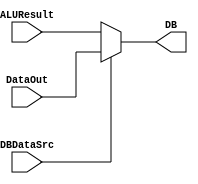
`timescale 1ns / 1ps
//////////////////////////////////////////////////////////////////////////////////
// Company: 
// Engineer: 
// 
// Design Name: 
// Module Name: SelectDB
// Project Name: 
// Target Devices: 
// Tool Versions: 
// Description: 
// 
// Dependencies: 
// 
// Revision:
// Revision 0.01 - File Created
// Additional Comments:
// 
//////////////////////////////////////////////////////////////////////////////////


module SelectDB(
    input DBDataSrc,
    input [31:0] ALUResult,
    input [31:0] DataOut,
    output wire [31:0] DB
    );
    assign DB = DBDataSrc ? DataOut : ALUResult;
    
endmodule